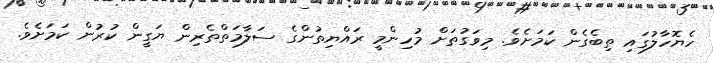
ހެޔޮހާލުގައި ތިބެގެން ކަމަށެވެ. މިވަގުތަށް މުހިންމީ ރައްޔިތުންގެ ސަލާމަތްތެރިން ޔަގީން ކުރުން ކަމަށެވެ.